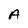
Character: A